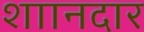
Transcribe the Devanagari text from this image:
शाानदार